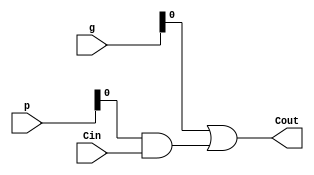
`timescale 1ns / 1ps

module Carry_Block_1(
    output Cout,
    input [5:0] p,
    input [5:0] g,
    input Cin
    );
	
	 assign Cout = g[0] | (p[0]&Cin);

endmodule


//get the solution for the carry lookahead adder !